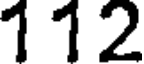
112